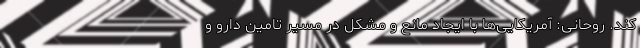
کند. روحانی: آمریکایی‌ها با ایجاد مانع و مشکل در مسیر تامین دارو و